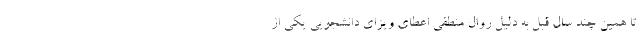
تا همین چند سال قبل به دلیل روال منطقی اعطای ویزای دانشجویی یکی از